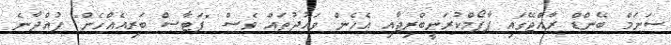
ސަނަމް ބޭންޑް ރާއްޖޭގައި ޕާފޯމްކުރަނީބްރިޖާއި އެހެން ވައުދުތައް ވެސް "ފަޓާސް ބަރިއެއްހެން" ފުއްދާނެ